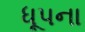
ધૂપના